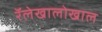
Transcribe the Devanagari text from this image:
रॅलेखालोखाल